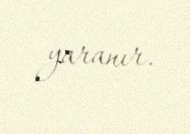
yaranır.